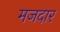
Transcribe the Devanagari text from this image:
मजदार